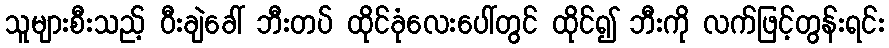
သူများစီးသည့် ဝီးချဲခေါ် ဘီးတပ် ထိုင်ခုံလေးပေါ်တွင် ထိုင်၍ ဘီးကို လက်ဖြင့်တွန်းရင်း